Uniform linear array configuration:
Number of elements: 64
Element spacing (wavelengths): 1
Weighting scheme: cosine
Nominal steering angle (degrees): -60
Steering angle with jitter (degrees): -59.92
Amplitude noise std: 0.05
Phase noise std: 0.05

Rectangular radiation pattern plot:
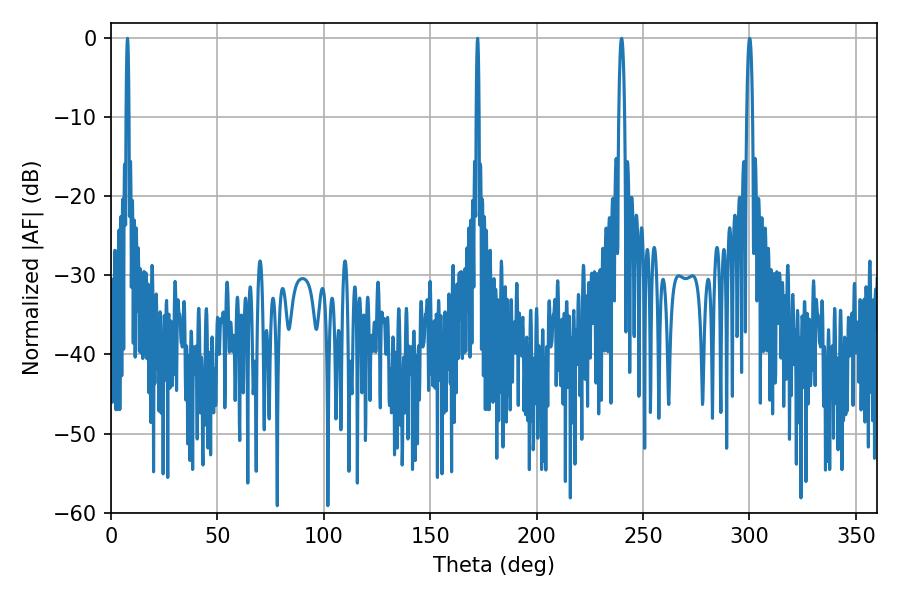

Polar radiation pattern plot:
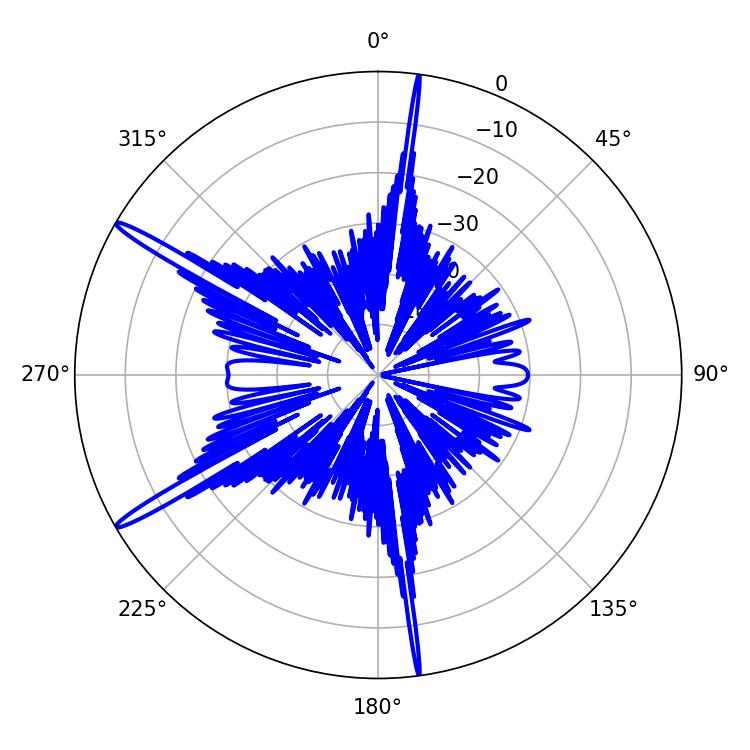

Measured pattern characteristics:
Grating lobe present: TRUE
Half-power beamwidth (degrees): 0.72
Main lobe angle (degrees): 172.26